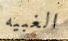
الغبيه